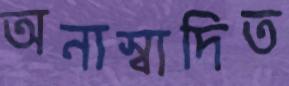
অনাস্বাদিত